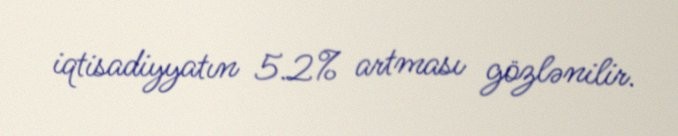
iqtisadiyyatın 5.2% artması gözlənilir.